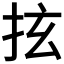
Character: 𢫔